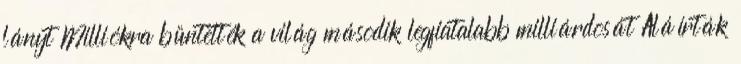
lányt Milliókra büntették a világ második legfiatalabb milliárdosát Aláírták